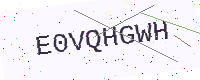
Text: E0VQHGWH